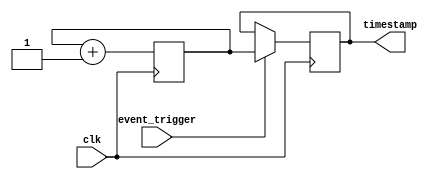
module Time_stamp (
    input wire clk,
    input wire event_trigger,
    output reg [31:0] timestamp
);

reg [31:0] timer;

always @(posedge clk) begin
    if (event_trigger) begin
        timestamp <= timer;
    end
    timer <= timer + 1;
end

endmodule